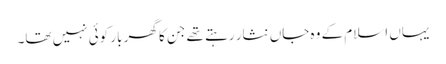
یہاں اسلام کے وہ جاں نثار رہتے تھے جن کا گھر بار کوئی نہیں تھا۔